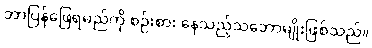
ဘာပြန်ဖြေရမည်ကို စဉ်းစား နေသည့်သဘောမျိုးဖြစ်သည်။